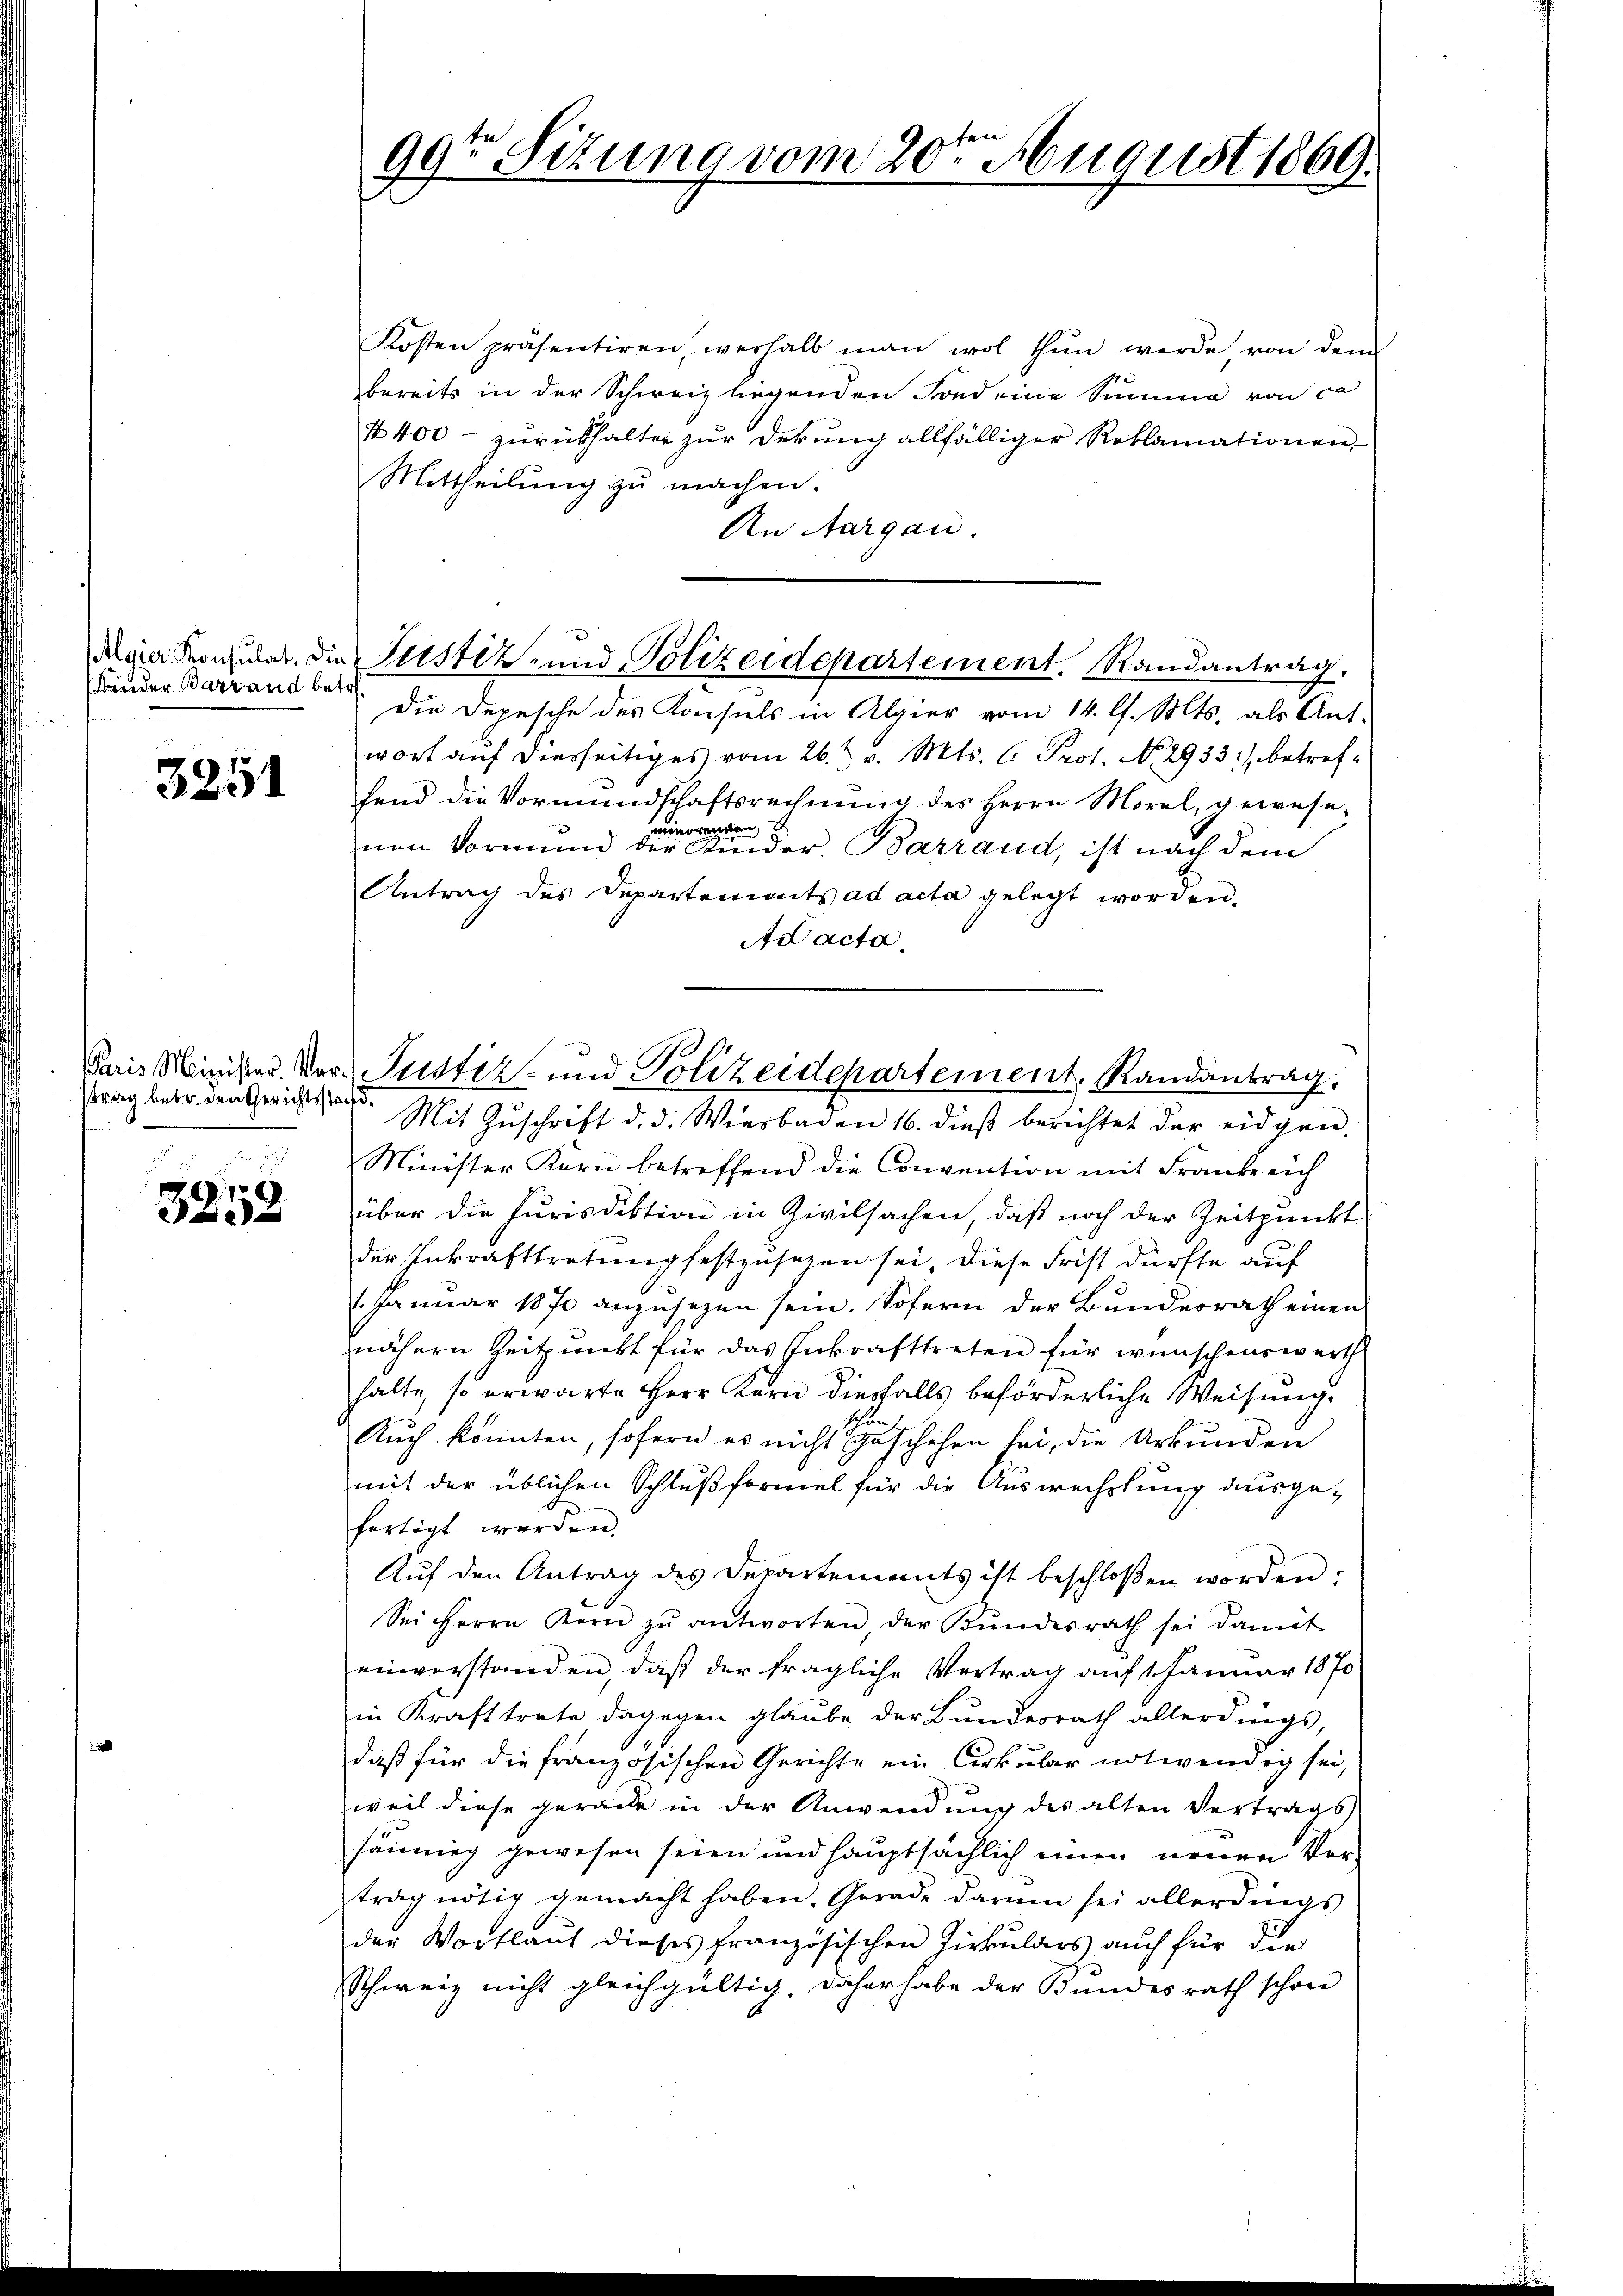
Kinder Barrand betr.

3251

strag betr. den Gerichtsstand.

15
e

99te Sitzung vom 20te͇n August 1869.

Kosten präsentiren, verhalb man wol thun werde, von dem
bereits in der Schweiz liegenden Fond eine Summe von co
4400 - zurückhalter zur Dekung allfälliger Reklamationen,
Mittheilung zu machen.
An Aargau.
Die Depesche des Konsuls in Algier vom 14. l. Mts. als Ant-
wort auf diesseitiges vom 26. t v. Mts. C. Prot. No. 2933), betreffend die Vormundschaftsrechnŭng des Herrn Morel, geweseminorenden
nen Vormund der Kinder. Barrand, ist nach dem
Antrag des Departements ad acta gelegt worden.
Ad acta.
Mit Zŭschrift d. d. Wiesbaden 16. dieß berichtet der eidgen.
Minister Korn betreffend die Convention mit Frankreich
über die Jurisdiktion in Zivilsachen, daß noch der Zeitpunkt
der Inkrafttretung festzusetzen sei. Diese Frist dürfte auf
1. Januar 1870 anzusehen sein. Sofern der Bundesrath einen
nähern Zeitpunkt für das Inkrafttreten für wünschenswerth
halte, so erwarte Herr Korn diesfalls beförderliche Weisung.
schon
Auch konnten, sofern es nicht geschehen sei, die Urkunden
mit der üblichen Schlußformel für die Auswechslung ausgefertigt werden.
Aŭf den Antrag des Departements ist beschloßen worden:
Sei Herrn Kern zŭ antworten, der Bŭndesrath sei damit
einverstanden, daß der fragliche Vertrag auf 1. Januar 1870
in Krafttrete dagegen glaube der Bundesrath allerdings,
daβ für die französischen Gerichte ein Cirkŭlar notwendig sei,
weil diese gerade in der Anwendung des alten Vertrags
sänning gewesen seien und hauptsächlich einen neuen Vortrag nötig gemacht haben. Gerade darum sei allerdings
der Wortlaut dieses französischen Zirkulders auch für die
Schweiz nicht gleichgültig. Daher habe der Bundesrath schon

Maia Konsulat, die Justiz- und Polizeidepartement. Randantrag.

Paris Minister. Vor Justiz- und Polizeidepartement. Randantrag: